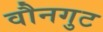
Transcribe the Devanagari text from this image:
वौनगुट